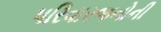
પરિવારજનોની